Annual report of the Punjab Veterinary College and of the Civil Veterinary Department, Punjab - 1920-1925
Year: 1920
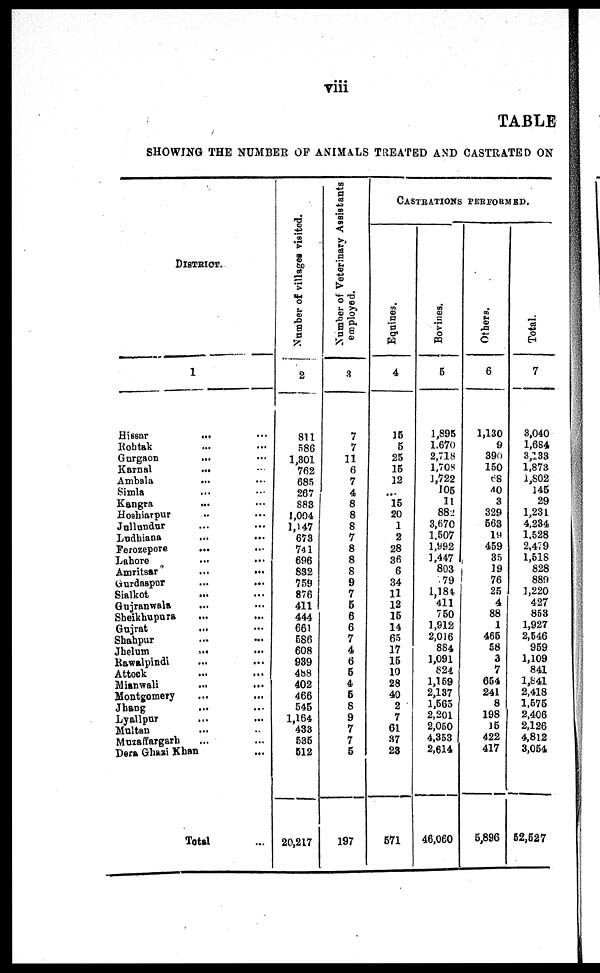
viii
TABLE
SHOWI NG T H E NUMBER OF ANI MALS TREATED A N D CASTRATED O N
DI STRI CT.
1
Hi ssar . . . . . . . . .
Roht ak ... ... ...
Gur gaon ... ...
Kar nal
... ...
Ambal a ... ...
Si ml a ... ...
Kangr a ... ...
Hoshi ar pur ... ...
Jul l undur ... ...
Ludhi ana ... ... ...
Fer ozepor e ... ... ...
Lahor e
Amr i t sar ... ...
Gur daspur ... ...
Si al kot ... ...
Guj r anwal a ... ...
Shei khupur a ... ...
Guj r at
... ... ...
Shahpur ... ...
Jhel um ... ...
Rawal pi ndi ... ...
At t ock ... ... ...
Mi anwal i ... ...
Mont gomer y ... ...
Jhang
...
Lyal l pur . . . . . . . . .
Mul t an ...
Muzaf f ar gar h ... ...
Der a Ghazi Khan ...
Tot al
Number of villages visited.
2
811
586
1, 301 762
685
267
883
1, 004
1, 147 673
741
696 832 759 876
411 444 661 586
608
939 488 402 466 545
1, 164 433
535
512
20, 217
Number of Veterinary Assistants
employed.
3
7
7
11 6
7
4
8 8
8
7
8 8 8
9 7 5 6
6
7 4 6
5
4 5 8
9 7
7 5
197
CASTRATION PERF
Equines.
4
15
5
25 15
12
... 15
20 1 2
28
36 6
34 11 12 15
14
65 17 15 10
28
40 2
7
61
37 23
571
Bovines.
5
1, 895
1, 670
2, 718
1, 708
1, 722 105 11
882
3, 670
1, 507
1, 992
1, 447 803 79
1, 184 411 750
1, 912
2, 016 884
1, 091 824
1, 159
2, 137
1,565
2, 201
2, 050
4, 353
2, 614
46, 060
Others.
6
1, 130
9
390 150 68
40 3
329 563 19
459 35 19
76
25 4
88 1
465 58 3
7
654
241
8
198
15
422
417
5, 896
Total.
7
3, 040
1, 684
3, 133
1, 873
1, 802 145 29
1, 231
4, 234
1, 528
2, 479
1, 518 828
889
1, 220 427 853
1, 927
2, 546 959
1, 109 841
1, 841
2, 418
1,575 2, 406
2,126 4, 812
3, 054
52, 527